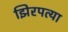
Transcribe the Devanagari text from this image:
झिरपत्या